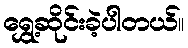
ရွှေ့ဆိုင်းခဲ့ပါတယ်။